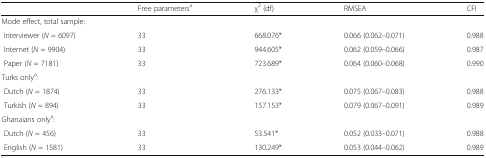
<table><thead><tr><td></td><td><b>Free parameters<sup>a</sup></b></td><td><b>χ<sup>2</sup> (df)</b></td><td><b>RMSEA</b></td><td><b>CFI</b></td></tr></thead><tbody><tr><td colspan="5">Mode effect, total sample:</td></tr><tr><td> Interviewer (<i>N</i> = 6097)</td><td>33</td><td>668.076*</td><td>0.066 (0.062–0.071)</td><td>0.988</td></tr><tr><td> Internet (<i>N</i> = 9904)</td><td>33</td><td>944.605*</td><td>0.062 (0.059–0.066)</td><td>0.987</td></tr><tr><td> Paper (<i>N</i> = 7181)</td><td>33</td><td>723.689*</td><td>0.064 (0.060–0.068)</td><td>0.990</td></tr><tr><td colspan="5">Turks only<sup>a</sup>:</td></tr><tr><td> Dutch (<i>N</i> = 1874)</td><td>33</td><td>276.133*</td><td>0.075 (0.067–0.083)</td><td>0.988</td></tr><tr><td> Turkish (<i>N</i> = 894)</td><td>33</td><td>157.153*</td><td>0.079 (0.067–0.091)</td><td>0.989</td></tr><tr><td colspan="5">Ghanaians only<sup>a</sup>:</td></tr><tr><td> Dutch (<i>N</i> = 456)</td><td>33</td><td>53.541*</td><td>0.052 (0.033–0.071)</td><td>0.988</td></tr><tr><td> English (<i>N</i> = 1581)</td><td>33</td><td>130.249*</td><td>0.053 (0.044–0.062)</td><td>0.989</td></tr></tbody></table>